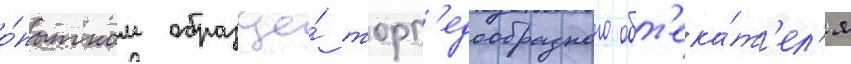
о́пытном образце́ торп'едообразного обт'ека́т'ел'я